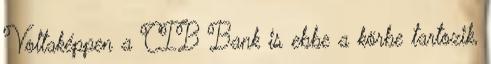
Voltaképpen a CIB Bank is ebbe a körbe tartozik,